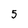
Character: 5